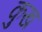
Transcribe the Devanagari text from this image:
कुख